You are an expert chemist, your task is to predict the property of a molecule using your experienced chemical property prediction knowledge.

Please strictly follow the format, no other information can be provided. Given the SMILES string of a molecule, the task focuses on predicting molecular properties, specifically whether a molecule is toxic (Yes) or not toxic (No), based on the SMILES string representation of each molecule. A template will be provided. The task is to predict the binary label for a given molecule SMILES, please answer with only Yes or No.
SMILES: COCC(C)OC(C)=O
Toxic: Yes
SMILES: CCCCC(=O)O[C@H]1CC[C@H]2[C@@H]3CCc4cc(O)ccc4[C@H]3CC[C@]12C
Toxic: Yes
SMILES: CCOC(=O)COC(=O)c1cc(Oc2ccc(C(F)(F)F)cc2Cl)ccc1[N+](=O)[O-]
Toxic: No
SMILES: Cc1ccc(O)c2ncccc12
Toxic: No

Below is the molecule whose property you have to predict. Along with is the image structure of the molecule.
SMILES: O=C1CSC2(CCN(CCCN3c4ccccc4Sc4ccc(Cl)cc43)CC2)N1
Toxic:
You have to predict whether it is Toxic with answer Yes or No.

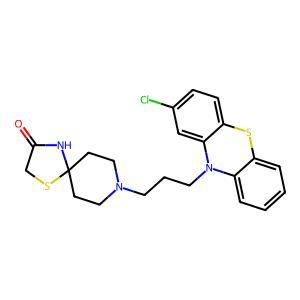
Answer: No